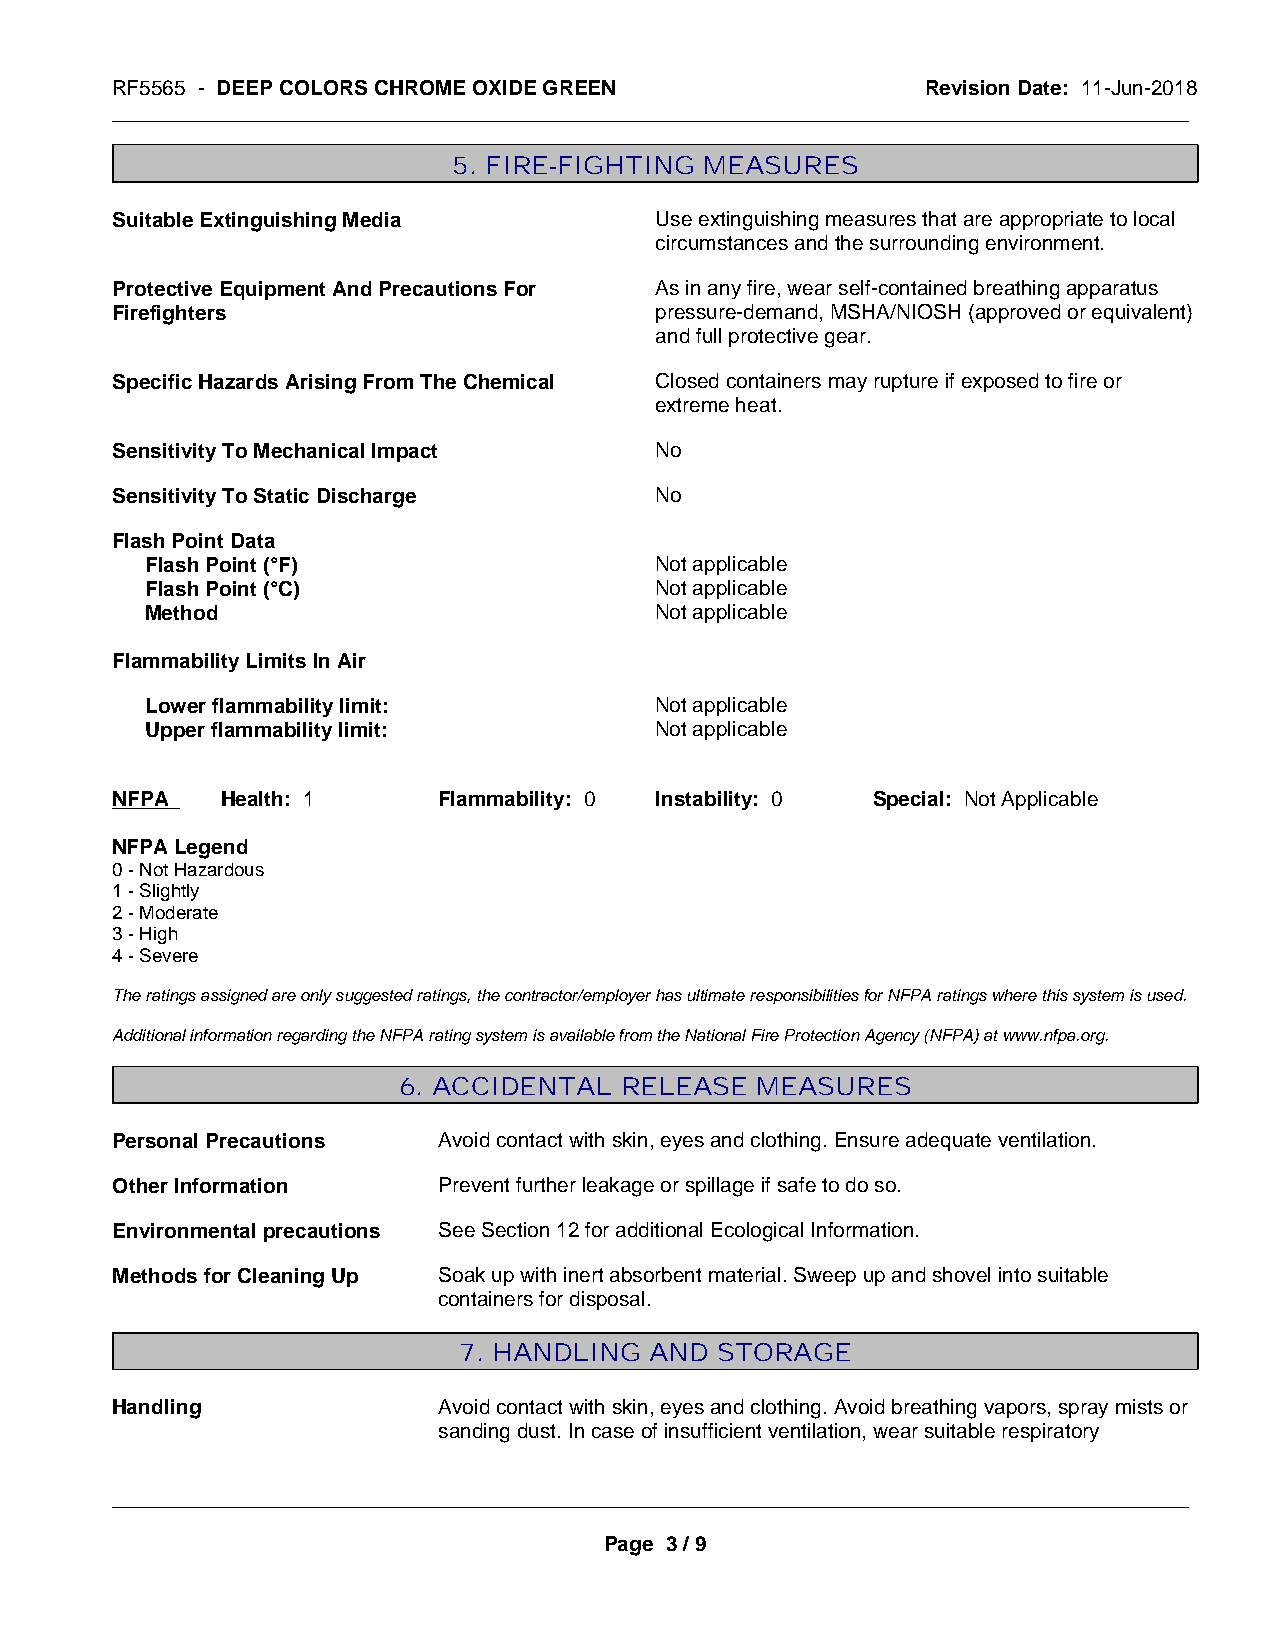
RF5565 - DEEP COLORS CHROME OXIDE GREEN               Revision Date: 11-Jun-2018
 _____________________________________________________________________________________________
 5. FIRE-FIGHTING MEASURES
 Suitable Extinguishing Media        Use extinguishing measures that are appropriate to local
 circumstances and the surrounding environment.
 Protective Equipment And Precautions For As in any fire, wear self-contained breathing apparatus
 Firefighters                        pressure-demand, MSHA/NIOSH (approved or equivalent)
 and full protective gear.
 Specific Hazards Arising From The Chemical Closed containers may rupture if exposed to fire or
 extreme heat.
 Sensitivity To Mechanical Impact    No
 Sensitivity To Static Discharge     No
 Flash Point Data
 Flash Point (°F)                 Not applicable
 Flash Point (°C)                 Not applicable
 Method                           Not applicable
 Flammability Limits In Air
 Lower flammability limit:        Not applicable
 Upper flammability limit:        Not applicable
 NFPA    Health: 1     Flammability: 0 Instability: 0 Special: Not Applicable
 NFPA Legend
 0 - Not Hazardous
 1 - Slightly
 2 - Moderate
 3 - High
 4 - Severe
 The ratings assigned are only suggested ratings, the contractor/employer has ultimate responsibilities for NFPA ratings where this system is used.
 Additional information regarding the NFPA rating system is available from the National Fire Protection Agency (NFPA) at www.nfpa.org.
 6. ACCIDENTAL  RELEASE  MEASURES
 Personal Precautions  Avoid contact with skin, eyes and clothing. Ensure adequate ventilation.
 Other Information     Prevent further leakage or spillage if safe to do so.
 Environmental precautions See Section 12 for additional Ecological Information.
 Methods for Cleaning Up Soak up with inert absorbent material. Sweep up and shovel into suitable
 containers for disposal.
 7. HANDLING  AND STORAGE
 Handling              Avoid contact with skin, eyes and clothing. Avoid breathing vapors, spray mists or
 sanding dust. In case of insufficient ventilation, wear suitable respiratory
 _____________________________________________________________________________________________
 Page 3 / 9